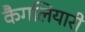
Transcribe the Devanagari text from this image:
कैगलियारी